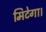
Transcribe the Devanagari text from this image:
मिटेगा।